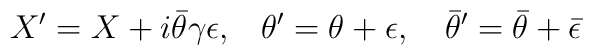
{ X^\prime=X+i\bar\theta\gamma \epsilon,}{}~~~{\theta^\prime=\theta+\epsilon,~~~{\bar\theta}^\prime=\bar\theta+\bar\epsilon}